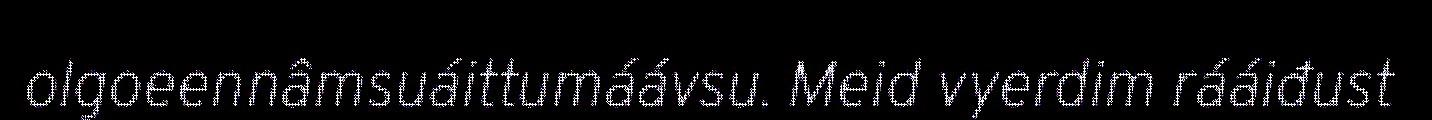
olgoeennâmsuáittumáávsu. Meid vyerdim rááiđust